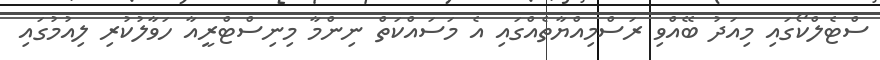
ސްޓެލްކޯގައި މިއަދު ބޭއްވި ރަސްމިއްޔާތެއްގައި އެ މަސައްކަތް ނިންމާ މިނިސްޓްރީއާ ހަވާލުކުރި ލިއުމުގައި